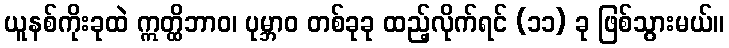
ယူနစ်ကိုးခုထဲ ဣတ္ထိဘာဝ၊ ပုမ္ဘာဝ တစ်ခုခု ထည့်လိုက်ရင် (၁၁) ခု ဖြစ်သွားမယ်။